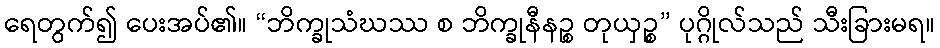
ရေတွက်၍ ပေးအပ်၏။ “ဘိက္ခုသံဃဿ စ ဘိက္ခုနီနဉ္စ တုယှဉ္စ” ပုဂ္ဂိုလ်သည် သီးခြားမရ။